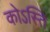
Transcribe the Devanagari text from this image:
कोऽस्ति